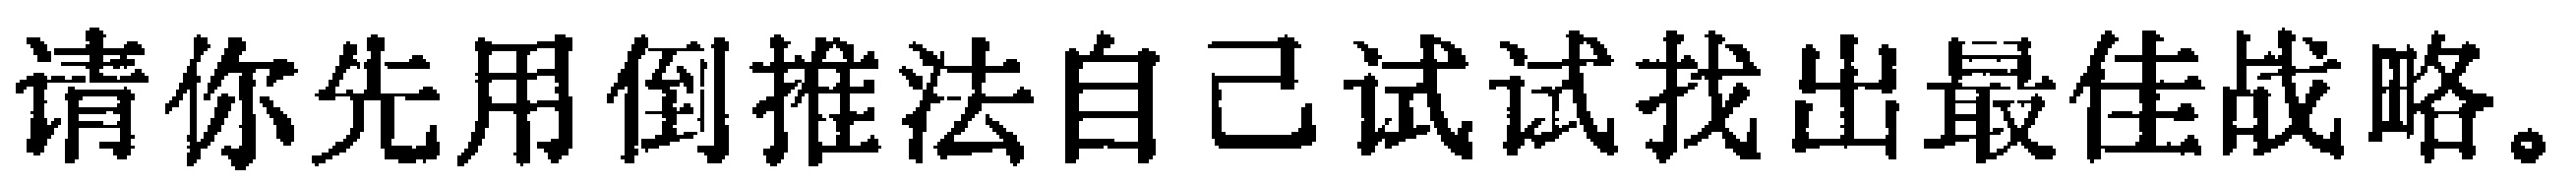
请你先用倒推法自己试试找出最佳战略。